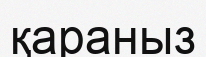
қараныз